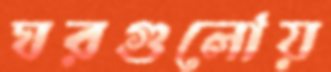
ঘরগুলোয়